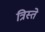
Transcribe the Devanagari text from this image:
त्रिस्ते